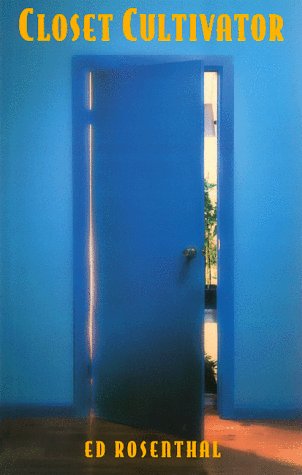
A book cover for Closet Cultivator: Indoor Marijuana Cultivation Made Easy; Ed Rosenthal; Crafts, Hobbies & Home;